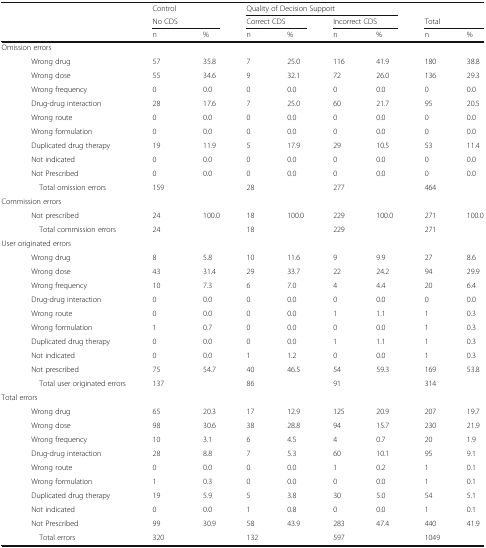
<table><thead><tr><td></td><td></td><td><b>Control</b></td><td></td><td colspan="4"><b>Quality of Decision Support</b></td><td></td><td></td></tr><tr><td></td><td></td><td colspan="2"><b>No CDS</b></td><td colspan="2"><b>Correct CDS</b></td><td colspan="2"><b>Incorrect CDS</b></td><td colspan="2"><b>Total</b></td></tr><tr><td></td><td></td><td><b>n</b></td><td><b>%</b></td><td><b>n</b></td><td><b>%</b></td><td><b>n</b></td><td><b>%</b></td><td><b>n</b></td><td><b>%</b></td></tr></thead><tbody><tr><td colspan="10">Omission errors</td></tr><tr><td></td><td>Wrong drug</td><td>57</td><td>35.8</td><td>7</td><td>25.0</td><td>116</td><td>41.9</td><td>180</td><td>38.8</td></tr><tr><td></td><td>Wrong dose</td><td>55</td><td>34.6</td><td>9</td><td>32.1</td><td>72</td><td>26.0</td><td>136</td><td>29.3</td></tr><tr><td></td><td>Wrong frequency</td><td>0</td><td>0.0</td><td>0</td><td>0.0</td><td>0</td><td>0.0</td><td>0</td><td>0.0</td></tr><tr><td></td><td>Drug-drug interaction</td><td>28</td><td>17.6</td><td>7</td><td>25.0</td><td>60</td><td>21.7</td><td>95</td><td>20.5</td></tr><tr><td></td><td>Wrong route</td><td>0</td><td>0.0</td><td>0</td><td>0.0</td><td>0</td><td>0.0</td><td>0</td><td>0.0</td></tr><tr><td></td><td>Wrong formulation</td><td>0</td><td>0.0</td><td>0</td><td>0.0</td><td>0</td><td>0.0</td><td>0</td><td>0.0</td></tr><tr><td></td><td>Duplicated drug therapy</td><td>19</td><td>11.9</td><td>5</td><td>17.9</td><td>29</td><td>10.5</td><td>53</td><td>11.4</td></tr><tr><td></td><td>Not indicated</td><td>0</td><td>0.0</td><td>0</td><td>0.0</td><td>0</td><td>0.0</td><td>0</td><td>0.0</td></tr><tr><td></td><td>Not Prescribed</td><td>0</td><td>0.0</td><td>0</td><td>0.0</td><td>0</td><td>0.0</td><td>0</td><td>0.0</td></tr><tr><td></td><td> Total omission errors</td><td>159</td><td></td><td>28</td><td></td><td>277</td><td></td><td>464</td><td></td></tr><tr><td colspan="10">Commission errors</td></tr><tr><td></td><td>Not prescribed</td><td>24</td><td>100.0</td><td>18</td><td>100.0</td><td>229</td><td>100.0</td><td>271</td><td>100.0</td></tr><tr><td></td><td> Total commission errors</td><td>24</td><td></td><td>18</td><td></td><td>229</td><td></td><td>271</td><td></td></tr><tr><td colspan="10">User originated errors</td></tr><tr><td></td><td>Wrong drug</td><td>8</td><td>5.8</td><td>10</td><td>11.6</td><td>9</td><td>9.9</td><td>27</td><td>8.6</td></tr><tr><td></td><td>Wrong dose</td><td>43</td><td>31.4</td><td>29</td><td>33.7</td><td>22</td><td>24.2</td><td>94</td><td>29.9</td></tr><tr><td></td><td>Wrong frequency</td><td>10</td><td>7.3</td><td>6</td><td>7.0</td><td>4</td><td>4.4</td><td>20</td><td>6.4</td></tr><tr><td></td><td>Drug-drug interaction</td><td>0</td><td>0.0</td><td>0</td><td>0.0</td><td>0</td><td>0.0</td><td>0</td><td>0.0</td></tr><tr><td></td><td>Wrong route</td><td>0</td><td>0.0</td><td>0</td><td>0.0</td><td>1</td><td>1.1</td><td>1</td><td>0.3</td></tr><tr><td></td><td>Wrong formulation</td><td>1</td><td>0.7</td><td>0</td><td>0.0</td><td>0</td><td>0.0</td><td>1</td><td>0.3</td></tr><tr><td></td><td>Duplicated drug therapy</td><td>0</td><td>0.0</td><td>0</td><td>0.0</td><td>1</td><td>1.1</td><td>1</td><td>0.3</td></tr><tr><td></td><td>Not indicated</td><td>0</td><td>0.0</td><td>1</td><td>1.2</td><td>0</td><td>0.0</td><td>1</td><td>0.3</td></tr><tr><td></td><td>Not prescribed</td><td>75</td><td>54.7</td><td>40</td><td>46.5</td><td>54</td><td>59.3</td><td>169</td><td>53.8</td></tr><tr><td></td><td> Total user originated errors</td><td>137</td><td></td><td>86</td><td></td><td>91</td><td></td><td>314</td><td></td></tr><tr><td colspan="10">Total errors</td></tr><tr><td></td><td>Wrong drug</td><td>65</td><td>20.3</td><td>17</td><td>12.9</td><td>125</td><td>20.9</td><td>207</td><td>19.7</td></tr><tr><td></td><td>Wrong dose</td><td>98</td><td>30.6</td><td>38</td><td>28.8</td><td>94</td><td>15.7</td><td>230</td><td>21.9</td></tr><tr><td></td><td>Wrong frequency</td><td>10</td><td>3.1</td><td>6</td><td>4.5</td><td>4</td><td>0.7</td><td>20</td><td>1.9</td></tr><tr><td></td><td>Drug-drug interaction</td><td>28</td><td>8.8</td><td>7</td><td>5.3</td><td>60</td><td>10.1</td><td>95</td><td>9.1</td></tr><tr><td></td><td>Wrong route</td><td>0</td><td>0.0</td><td>0</td><td>0.0</td><td>1</td><td>0.2</td><td>1</td><td>0.1</td></tr><tr><td></td><td>Wrong formulation</td><td>1</td><td>0.3</td><td>0</td><td>0.0</td><td>0</td><td>0.0</td><td>1</td><td>0.1</td></tr><tr><td></td><td>Duplicated drug therapy</td><td>19</td><td>5.9</td><td>5</td><td>3.8</td><td>30</td><td>5.0</td><td>54</td><td>5.1</td></tr><tr><td></td><td>Not indicated</td><td>0</td><td>0.0</td><td>1</td><td>0.8</td><td>0</td><td>0.0</td><td>1</td><td>0.1</td></tr><tr><td></td><td>Not Prescribed</td><td>99</td><td>30.9</td><td>58</td><td>43.9</td><td>283</td><td>47.4</td><td>440</td><td>41.9</td></tr><tr><td></td><td> Total errors</td><td>320</td><td></td><td>132</td><td></td><td>597</td><td></td><td>1049</td><td></td></tr></tbody></table>